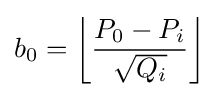
b_{0}=\left\lfloor {\frac {P_{0}-P_{i}}{\sqrt {Q_{i}}}}\right\rfloor